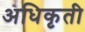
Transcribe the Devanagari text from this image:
अधिकृती